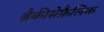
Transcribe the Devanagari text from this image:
ब्रैकीसेफ़ैलिक